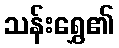
သန်းရွှေ၏